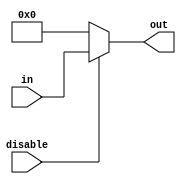
module DisableBlock #(
    parameter WIDTH = 8,          // Width of the input and output data
    parameter RESET_VALUE = 0     // Value to which output resets when disabled
)(
    input wire disable,           // Control signal: active high enables the block
    input wire [WIDTH-1:0] in,   // Input data
    output reg [WIDTH-1:0] out    // Output data
);

// Behavioral description of the Disable block
always @(*) begin
    if (disable) begin
        // Block is enabled, pass input to output
        out = in;
    end else begin
        // Block is disabled, hold previous value or reset to RESET_VALUE
        out = RESET_VALUE; // Change this to 'out' if transparent behavior is desired
    end
end

endmodule